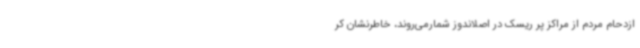
ازدحام مردم از مراکز پر ریسک در اصلاندوز شمارمی‌روند، خاطرنشان کر